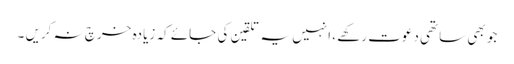
جو بھی ساتھی دعوت رکھے ، انہیں یہ تلقین کی جائے کہ زیادہ خرچ نہ کریں ۔